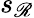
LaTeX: s_{\mathscr{R}}